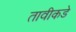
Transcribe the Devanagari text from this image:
तावीकडे